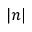
| n |